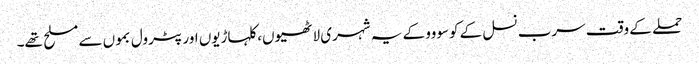
حملے کے وقت سرب نسل کے کوسووو کے یہ شہری لاٹھیوں، کلہاڑیوں اور پٹرول بموں سے مسلح تھے۔